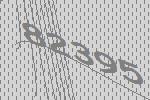
82395